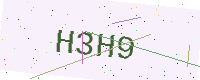
Text: H3H9